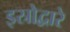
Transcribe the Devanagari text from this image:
इस्रोद्वारे